Report of the Hyderabad Chloroform Commission
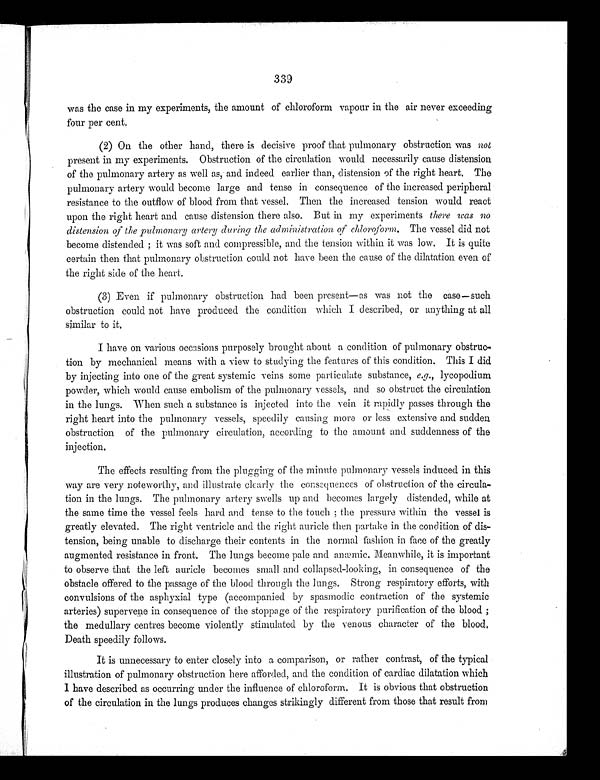
339
was the case in my experiments, the amount of chloroform vapour in the air never exceeding
four per cent.
(2) On the other hand, there is decisive proof that pulmonary obstruction was not
present i n my experi ment s. Obst ruct i on of t he ci rcul at i on woul d necessari l y cause di st ensi on
of the pulmonary artery as well as, and indeed earlier than, distension of the right heart. The
pulmonary artery would become large and tense in consequence of the increased peripheral
resistance to the outflow of blood from that vessel. Then the increased tension would react
upon the right heart and cause distension there also. But in my experiments there was no
distension of the pulmonary artery during the administration of chloroform. The vessel did not
become distended; it was soft and compressible, and the tension within it was low. It is quite
certain then that pulmonary obstruction could not have been the cause of the dilatation even of
the right side of the heart.
(3) Even if pulmonary obstruction had been present—as was not the case—such
obstruction could not have produced the condition which I described, or anything at all
similar to it.
I have on various occasions purposely brought about a condition of pulmonary obstruc-
tion by mechanical means with a view to studying the features of this condition. This I did
by injecting into one of the great systemic veins some particulate substance, e.g., lycopodium
powder, which would cause embolism of the pulmonary vessels, and so obstruct the circulation
in the lungs. When such a substance is injected into the vein it rapidly passes through the
right heart into the pulmonary vessels, speedily causing more or less extensive and sudden
obstruction of the pulmonary circulation, according to the amount and suddenness of the
injection.
The effects resulting from the plugging of the minute pulmonary vessels induced in this
way are very noteworthy, and illustrate clearly the consequences of obstruction of the circula-
tion in the lungs. The pulmonary artery swells up and becomes largely distended, while at
the same time the vessel feels hard and tense to the touch; the pressure within the vessel is
greatly elevated. The right ventricle and the right auricle then partake in the condition of dis-
tension, being unable to discharge their contents in the normal fashion in face of the greatly
augmented resistance in front. The lungs become pale and anæmic. Meanwhile, it is important
to observe that the left auricle becomes small and collapsed-looking, in consequence of the
obstacle offered to the passage of the blood through the lungs. Strong respiratory efforts, with
convulsions of the asphyxial type (accompanied by spasmodic contraction of the systemic
arteries) supervene in consequence of the stoppage of the respiratory purification of the blood;
the medullary centres become violently stimulated by the venous character of the blood.
Death speedily follows.
It is unnecessary to enter closely into a comparison, or rather contrast, of the typical
illustration of pulmonary obstruction here afforded, and the condition of cardiac dilatation which
I have described as occurring under the influence of chloroform. It is obvious that obstruction
of the circulation in the lungs produces changes strikingly different from those that result from